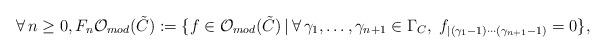
LaTeX: \begin{align*}\forall \,n\geq0,F_n\mathcal O_{mod}(\tilde C):=\{f\in\mathcal O_{mod}(\tilde C)\,|\,\forall\,\gamma_1,\ldots,\gamma_{n+1}\in\Gamma_C,\,\, f_{|(\gamma_1-1)\cdots(\gamma_{n+1}-1)}=0\}, \end{align*}